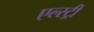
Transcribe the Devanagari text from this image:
एल्स्ट्री